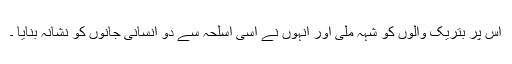
اس پر بتریک والوں کو شہہ ملی اور انہوں نے اُسی اسلحہ سے دو انسانی جانوں کو نشانہ بنایا ۔